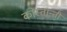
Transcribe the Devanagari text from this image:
कोंस्तान्तीं